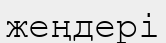
жеңдері